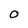
Character: O